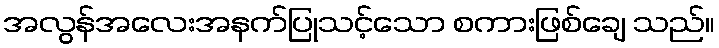
အလွန်အလေးအနက်ပြုသင့်သော စကားဖြစ်ချေ သည်။